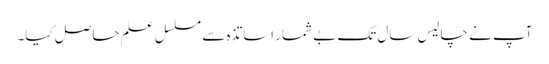
آپ نے چالیس سال تک بے شمار اساتذہ سے مسلسل علم حاصل کیا۔